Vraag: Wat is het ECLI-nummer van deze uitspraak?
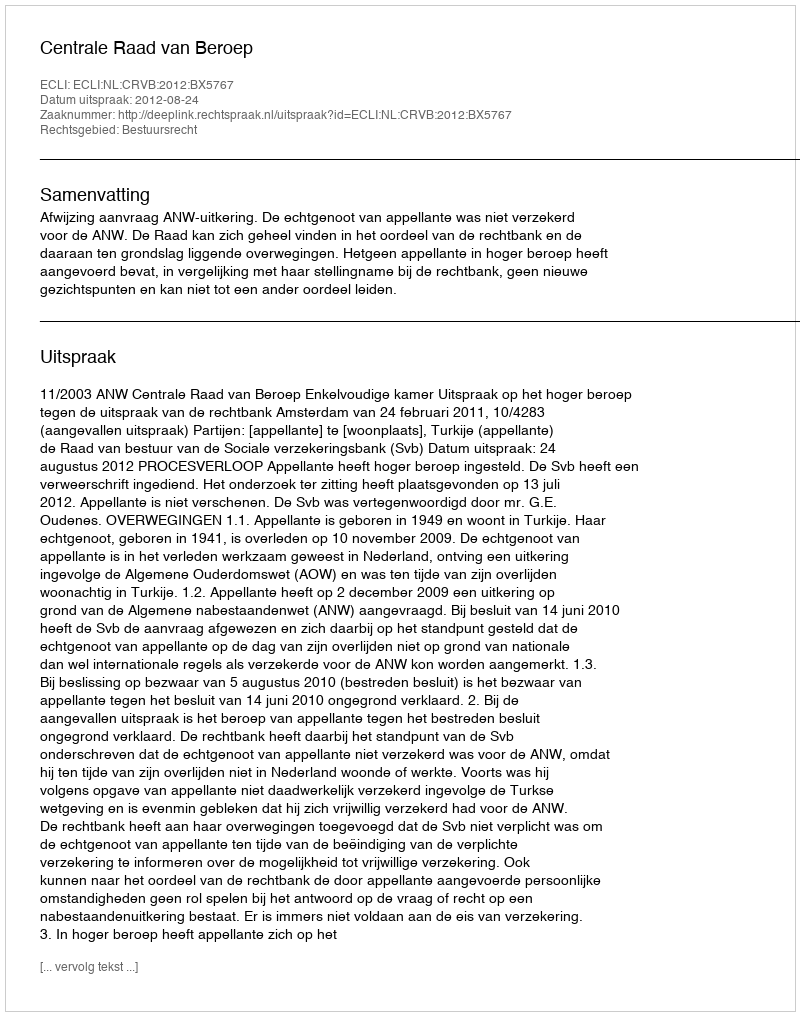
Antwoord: ECLI:NL:CRVB:2012:BX5767